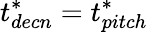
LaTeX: t_{decn}^{*}=t_{pitch}^{*}